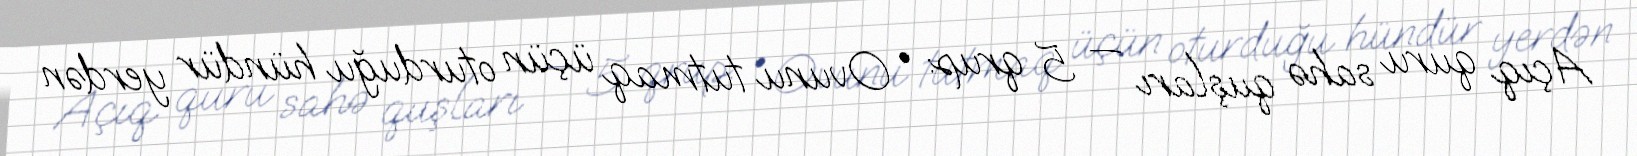
Açıq quru sahə quşları — 5 qrup: • Ovunu tutmaq üçün oturduğu hündür yerdən